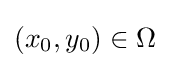
(x_{0},y_{0})\in \Omega